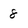
Character: 8